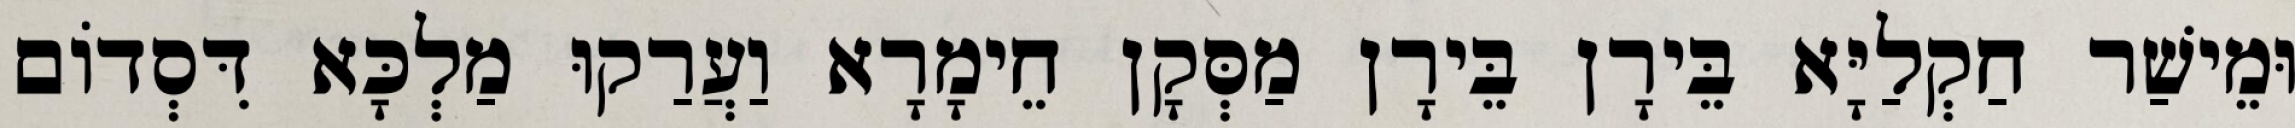
וּמֵישַׁר חַקְלַיָּא בֵּירָן בֵּירָן מַסְּקָן חֵימָרָא וַעֲרַקוּ מַלְכָּא דִּסְדוֹם